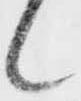
候